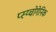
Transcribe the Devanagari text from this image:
प्स्य्चोगेनिक